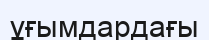
ұғымдардағы